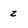
Character: z